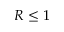
R \leq 1